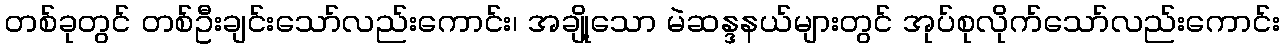
တစ်ခုတွင် တစ်ဦးချင်းသော်လည်းကောင်း၊ အချို့သော မဲဆန္ဒနယ်များတွင် အုပ်စုလိုက်သော်လည်းကောင်း